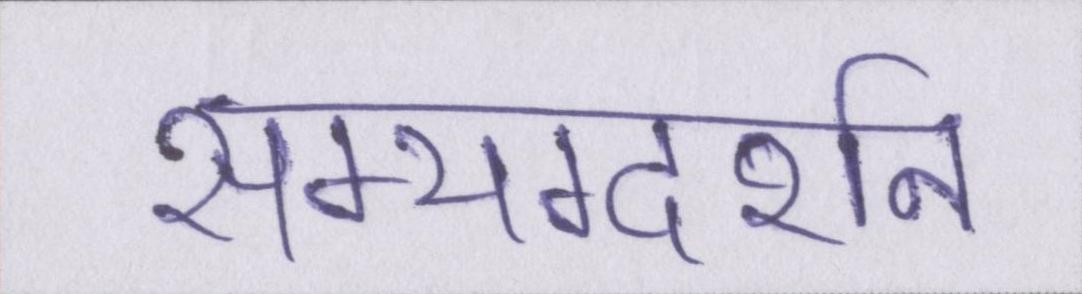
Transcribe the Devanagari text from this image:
सम्यग्दर्शन